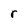
Character: r